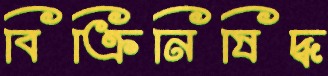
বিক্রিনিষিদ্ধ